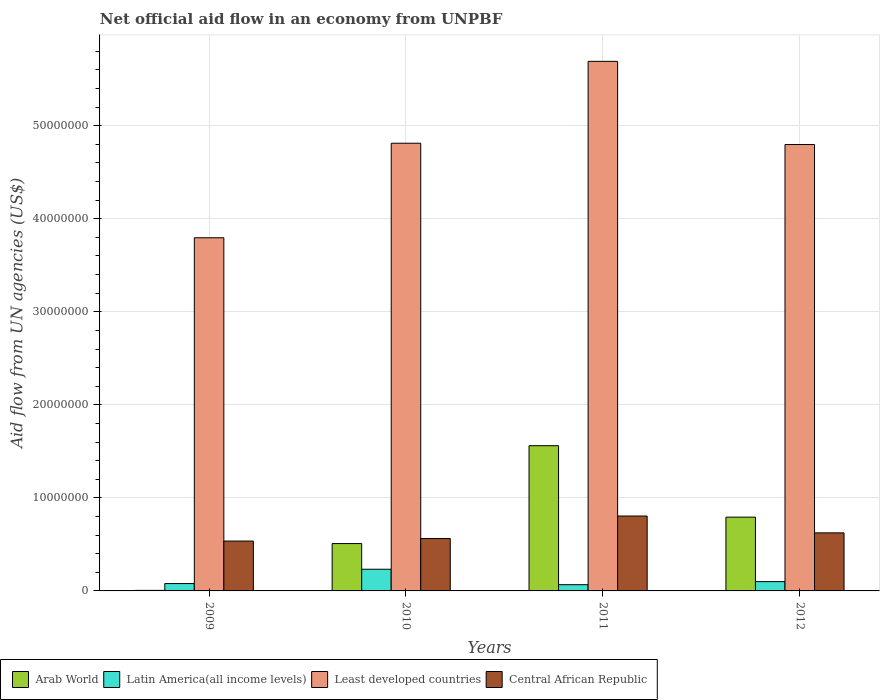
| Years | Arab World | Latin America(all income levels) | Least developed countries | Central African Republic |
 | --- | --- | --- | --- | --- |
 | 2009 | 6e+04 | 7.9e+05 | 3.8e+07 | 5.36e+06 |
 | 2010 | 5.09e+06 | 2.33e+06 | 4.81e+07 | 5.63e+06 |
 | 2011 | 1.56e+07 | 6.7e+05 | 5.69e+07 | 8.05e+06 |
 | 2012 | 7.93e+06 | 1e+06 | 4.8e+07 | 6.24e+06 |